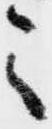
之